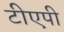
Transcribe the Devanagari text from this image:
टीएपी